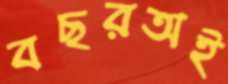
বছরঅই